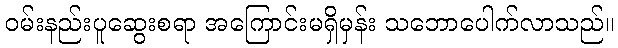
ဝမ်းနည်းပူဆွေးစရာ အကြောင်းမရှိမှန်း သဘောပေါက်လာသည်။